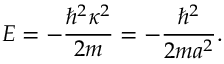
E = - \frac { \hbar ^ { 2 } \kappa ^ { 2 } } { 2 m } = - \frac { \hbar ^ { 2 } } { 2 m a ^ { 2 } } .